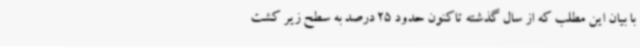
با بیان این‌ مطلب که از سال گذشته تاکنون حدود 25 درصد به سطح زیر کشت